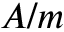
A / m